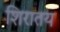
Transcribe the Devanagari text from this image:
शिरातय